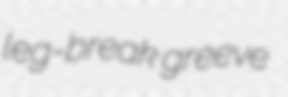
leg-break greeve